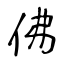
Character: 佛